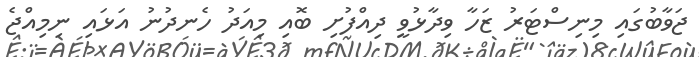
ޖަވާބުގައި މިނިސްޓަރު ޒަހާ ވިދާޅުވީ ދިއްފުށި ބޮއި މިއަދު ހެނދުނު އަޅައި ނިމިއްޖެ